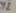
Text: Y2